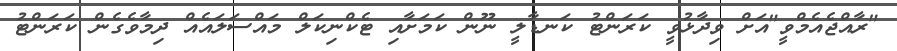
"ރާއްޖެއެމްވީ"އަށް ވިދާޅުވީ ކަރަންޓު ކަނޑާލީ ނޫން ކަމަށާއި ޓެކްނިކަލް މައްސަލައެއް ދިމާވެގެން ކަރަންޓު